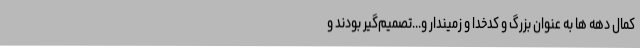
کمال دهه ها به عنوان بزرگ و کدخدا و زمیندار و...تصمیم‌گیر بودند و